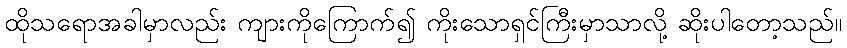
ထိုသရောအခါမှာလည်း ကျားကိုကြောက်၍ ကိုးသောရှင်ကြီးမှာသာလို့ ဆိုးပါတော့သည်။